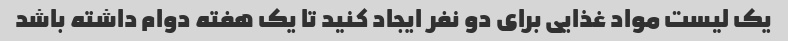
یک لیست مواد غذایی برای دو نفر ایجاد کنید تا یک هفته دوام داشته باشد